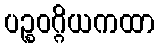
ပဉ္စဝဂ္ဂိယကထာ